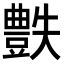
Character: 𧰅